Report of the Indian Hemp Drugs Commission, 1894-1895 - Volume II
Year: 1894
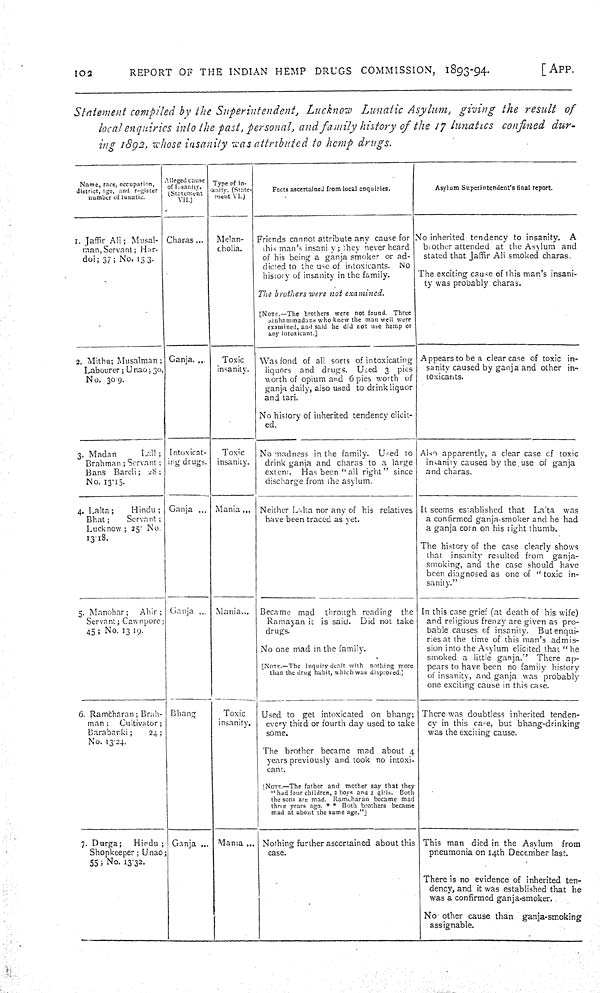
102
REPORT OF THE INDIAN HEMP DRUGS COMMISSION, 1893-94.
[APP.
Statement compiled by the Superintendent, Lucknow Lunatic Asylum, giving the result of
local enquiries into the fast, personal, and family history of the 17 lunatics confined dur-
ing 1892, whose insanity was attributed to hemp drugs.
Name, race, occupation,
district, age, and register
number of lunatic.
Alleged cause
of insanity.
(Statement
VII.)
Type of in-
-anity. (State-
ment VI.)
Facts ascertained from local enquiries.
Asylum Superintendent's final report.
1. Jaffir Ali; Musal-
man, Servant; Har-
doi; 37; No. 13 3.
Charas
Melan-
cholia.
Friends cannot attribute any cause for
this man's insanity; they never heard
of his being a ganja smoker or ad-
dicted to the use of intoxicants. No
history of insanity in the family.
The brothers were not examined.
[NOTE.—The brothers were not found. Three
Muhammadans who knew the man well were
examined, and said he did not use hemp or
any intoxicant.]
No inherited tendency to insanity. A
brother attended at the Asylum and
stated that Jaffir Ali smoked charas.
The exciting cause of this man's insani-
ty was probably charas.
2. Mithu; Musalman;
Labourer; Unao; 30,
No. 30.9.
Ganja.
Toxic
insanity.
Was fond of all sorts of intoxicating
liquors and drugs. Used 3 pies
worth of opium and 6 pies worth of
ganja daily, also used to drink liquor
and tari.
No history of inherited tendency elicit-
ed.
Appears to be a clear case of toxic in-
sanity caused by ganja and other in-
toxicants.
3. Madan
Lall;
Brahman; Servant;
Bans Bareli; 28;
No. 13.15.
Intoxicat-
ing drugs.
Toxic
insanity.
No madness in the family. Used to
drink ganja and charas to a large
extent. Has been "all right" since
discharge from the asylum.
Also apparently, a clear case of toxic
insanity caused by the use of ganja
and charas.
4. Lalta;
Hindu;
Bhat;
Servant;
Lucknow; 25 No.
13.18.
Ganja
Mania
Neither Lalta nor any of his relatives
have been traced as yet.
It seems established that Lalta was
a confirmed ganja-smoker and he had
a ganja corn on his right thumb.
The history of the case clearly shows
that insanity resulted from ganja-
smoking, and the case should have
been diagnosed as one of "toxic in-
sanity."
5. Manohar; Ahir;
Servant; Cawnpore;
45; No. 13 19.
Ganja
Mania
Became mad through reading the
Ramayan it is said. Did not take
drugs.
No one mad in the family.
[NOTE.—The inquiry dealt with nothing more
than the drug habit, which was disproved.]
In this case grief (at death of his wife)
and religious frenzy are given as pro-
bable causes of insanity. But enqui-
ries at the time of this man's admis-
sion into the Asylum elicited that "he
smoked a little ganja." There ap-
pears to have been no family history
of insanity, and ganja was probably
one exciting cause in this case.
6. Ramcharan; Brah-
man; Cultivator;
Barabanki;
24;
No. 13.24.
Bhang
Toxic
insanity.
Used to get intoxicated on bhang;
every third or fourth day used to take
some.
The brother became mad about 4
years previously and took no intoxi-
cant.
[NOTE.—The father and mother say that they
"had four children, 2 boys and 2 girls. Both
the sons are mad. Ramcharan became mad
three years ago. * * Both brothers became
mad at about the same age."]
There was doubtless inherited tenden-
cy in this case, but bhang-drinking
was the exciting cause.
7. Durga; Hindu;
Shopkeeper; Unao;
55; No. 13.32.
Ganja
Mania
Nothing further ascertained about this
case.
This man died in the Asylum from
pneumonia on 14th December last.
There is no evidence of inherited ten-
dency, and it was established that he
was a confirmed ganja-smoker.
No other cause than ganja-smoking
assignable.